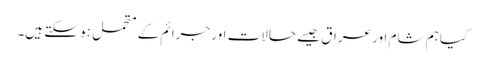
کیا ہم شام اور عراق جیسے حالات اور جرائم کے متحمل ہو سکتے ہیں۔